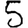
Digit: 5